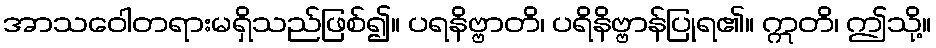
အာသဝေါတရားမရှိသည်ဖြစ်၍။ ပရနိဗ္ဗာတိ၊ ပရိနိဗ္ဗာန်ပြုရ၏။ ဣတိ၊ ဤသို့။